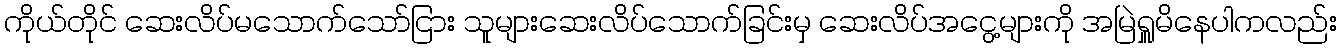
ကိုယ်တိုင် ဆေးလိပ်မသောက်သော်ငြား သူများဆေးလိပ်သောက်ခြင်းမှ ဆေးလိပ်အငွေ့များကို အမြဲရှူမိနေပါကလည်း